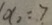
x _ { 2 } = 7